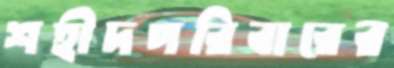
শহীদপরিবারের